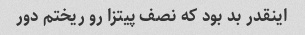
اینقدر بد بود که نصف پیتزا رو ریختم دور